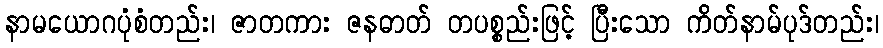
နာမယောဂပုံစံတည်း၊ ဇာတကား ဇနဓာတ် တပစ္စည်းဖြင့် ပြီးသော ကိတ်နာမ်ပုဒ်တည်း၊